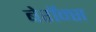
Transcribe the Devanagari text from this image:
बेरॉन्स